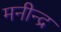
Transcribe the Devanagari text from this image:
मनीन्द्र